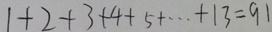
1 + 2 + 3 + 4 + 5 + \cdots + 1 3 = 9 1